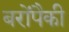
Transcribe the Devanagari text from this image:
बरोंपैकी